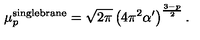
\mu _ { p } ^ { \mathrm { \tiny s i n g l e b r a n e } } = \sqrt { 2 \pi } \left( 4 \pi ^ { 2 } \alpha ^ { \prime } \right) ^ { \frac { 3 - p } { 2 } } .